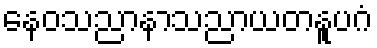
နေဝသညာနာသညာယတနူပဂံ